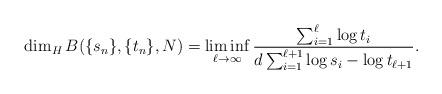
LaTeX: \begin{align*}\dim_H B(\{s_n\}, \{t_n\}, N) = \liminf_{\ell\to \infty}{\sum_{i=1}^\ell \log t_i \over d \sum_{i=1}^{\ell+1} \log s_i -\log t_{\ell+1}}.\end{align*}